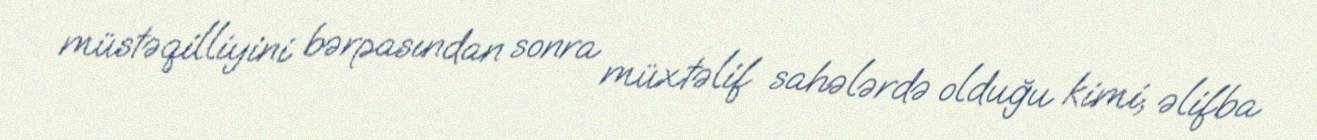
müstəqilliyini bərpasından sonra müxtəlif sahələrdə olduğu kimi, əlifba